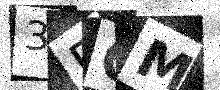
Text: 3FOM